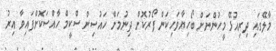
މާލޭގައި ދިރިއުޅޭ މީހުންނަށް ބޯހިޔާވަހިކަން ފޯރުކޮށް ދިނުމަށް ހައުސިން ސްކީމް ހާއްސަކޮށްފައިވާ އިރު